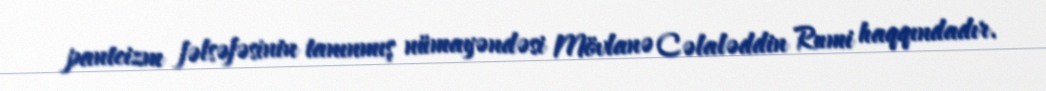
panteizm fəlsəfəsinin tanınmış nümayəndəsi Mövlanə Cəlaləddin Rumi haqqındadır.